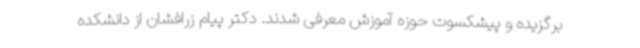
برگزیده و پیشکسوت حوزه آموزش معرفی شدند. دکتر پیام زرافشان از دانشکده